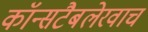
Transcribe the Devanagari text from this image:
कॉन्सटैबलेरवाच